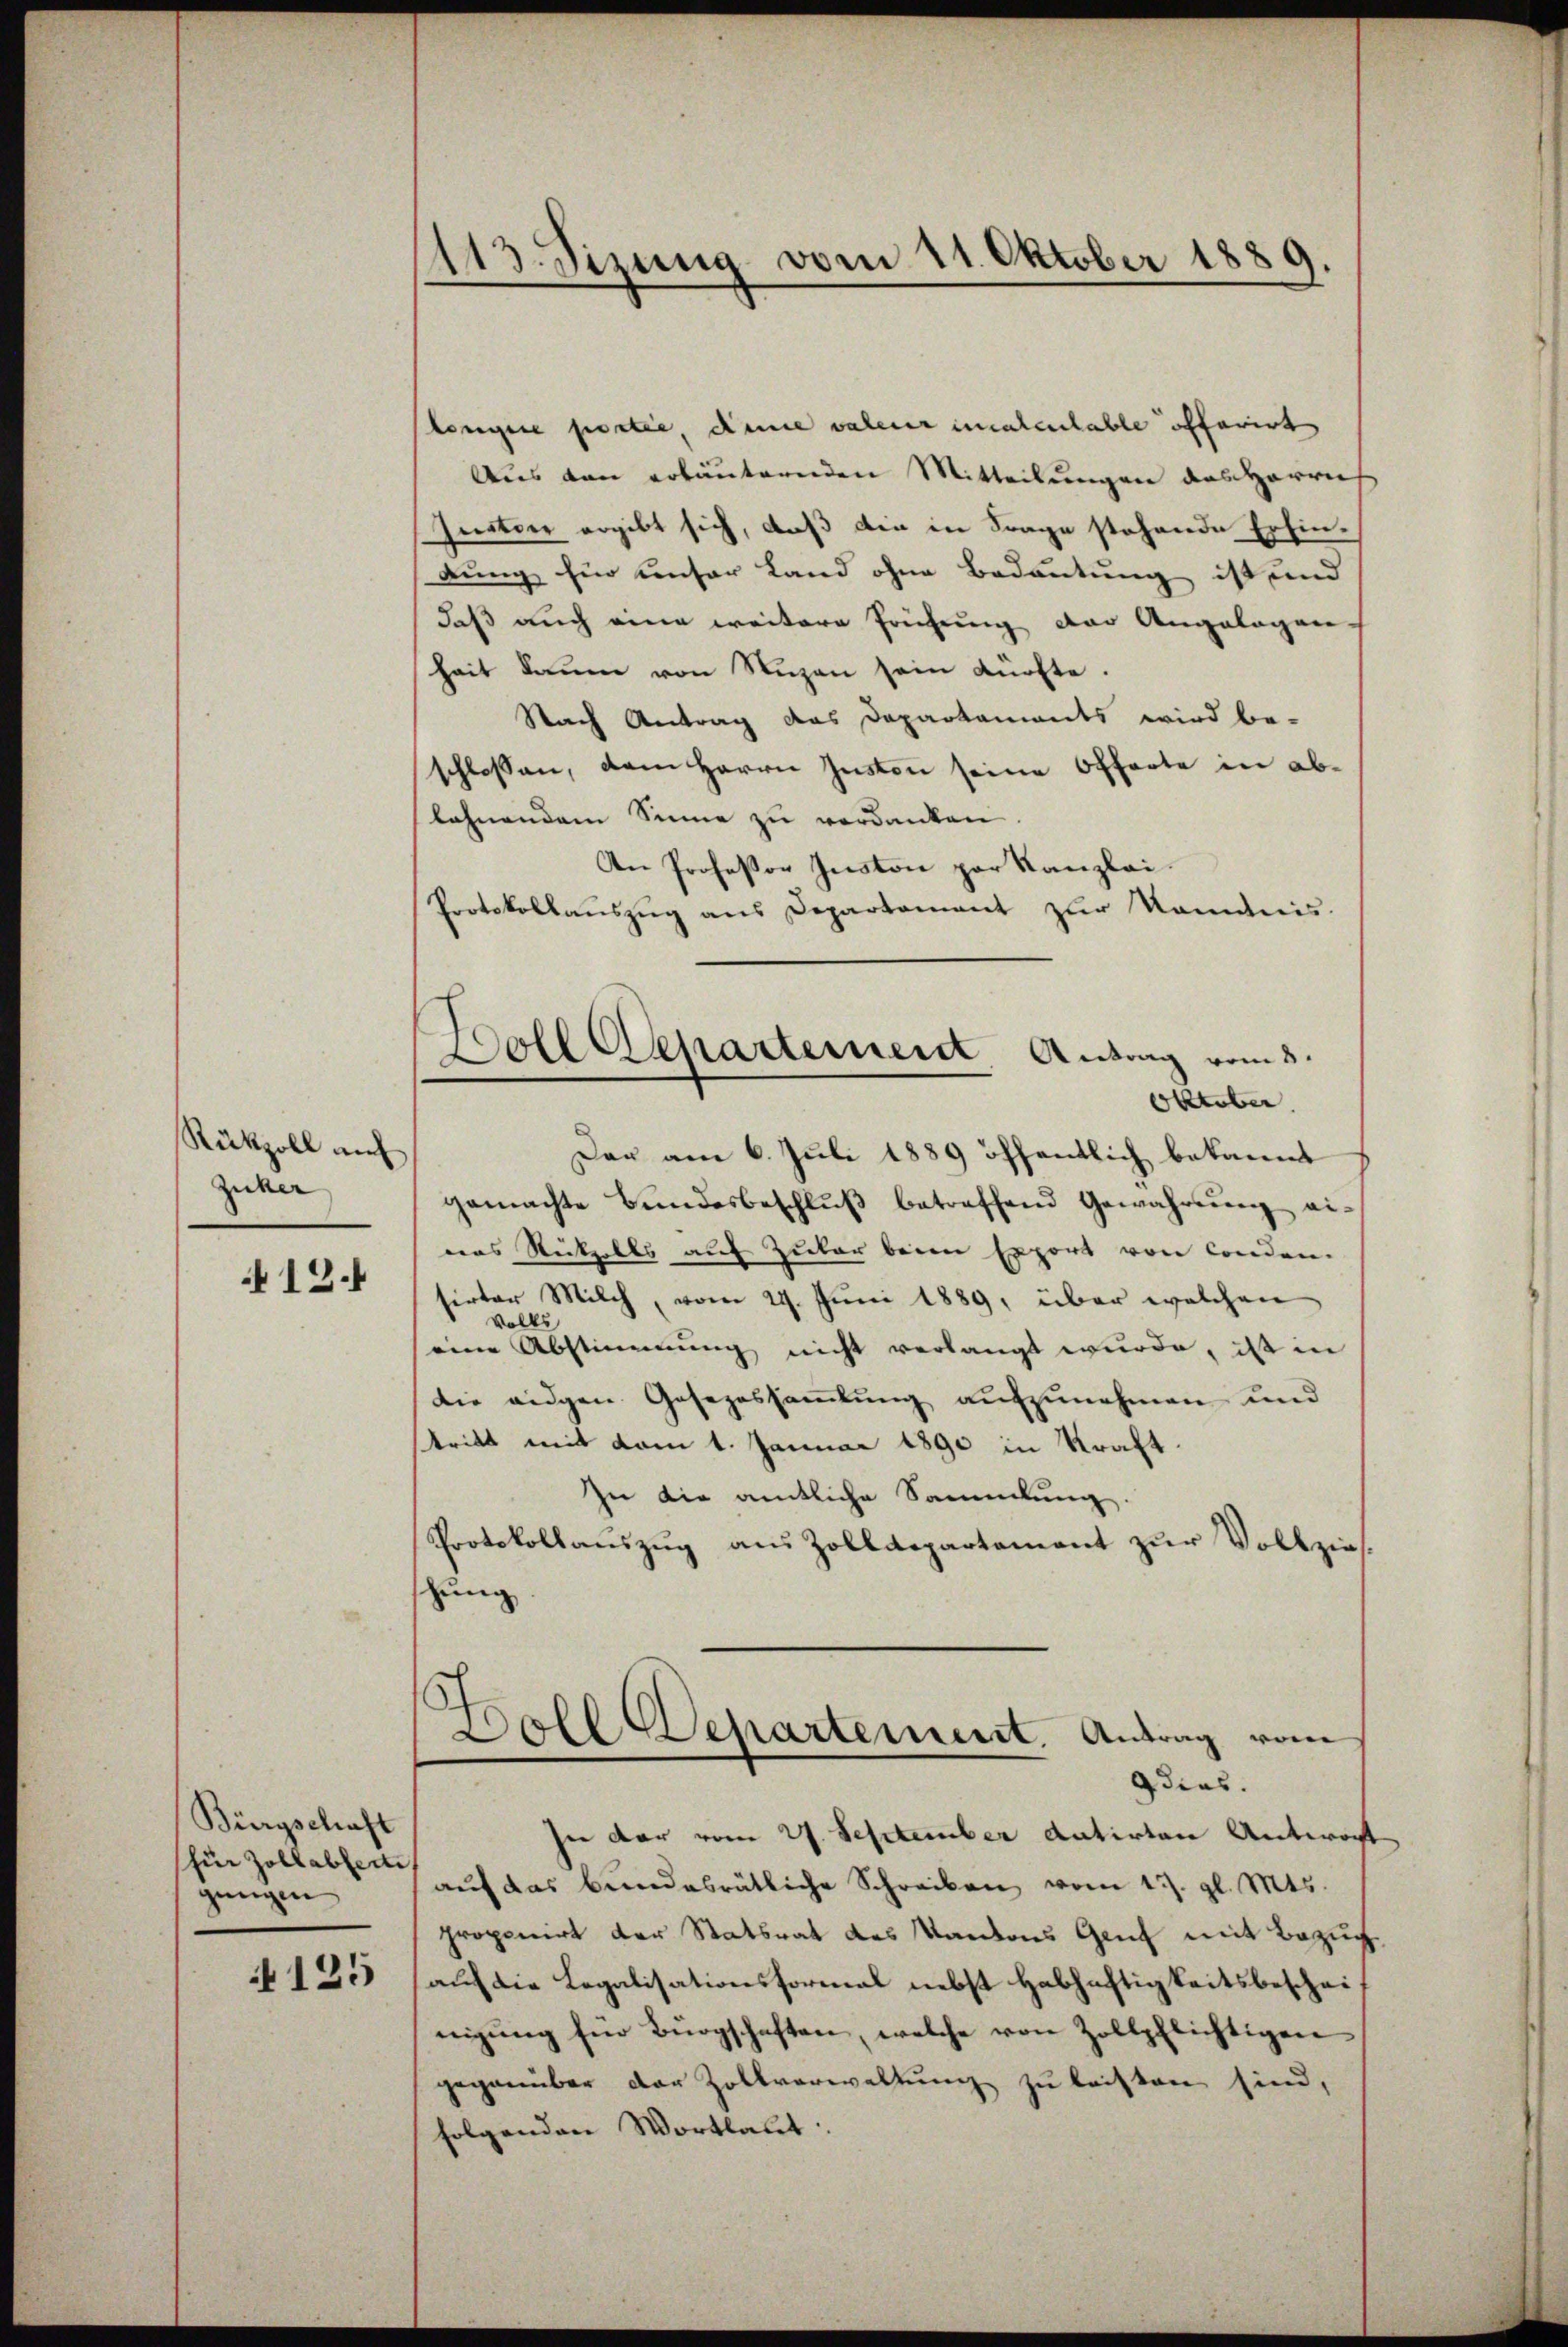
Rükzoll auf
Zucker

12.

Bürgschaft
für Zollabferti
gungen
125

113. Sizina vom 11. Oktober 1889.
.
—

Congere postie, diene valerer incalentable offerirt
Aus den erläuternden Mitteilungen des Herrn
sierter ergibt sich, daß die in Frage stehende Erfindung für unser Land ohne Bedeutung ist und
daß auch eine weitere Prüfung der Angelegen
heit kaum von Nuzen sein dürfte.
Nach Antrag das Dapartaments wird be-
schlossen, dem Herrn Instan seine Offerte in ablahnendem Sinne zu verdanken.
An Professor Juston par Kanzlei.
Protokollauszug aus Departament zur Romanis-
Der am 6. Juli 1889 öffentlich bekannt
gemachte Bŭndesbeschlŭβ betreffend Gewahrung ei-
das Nutzolls auf Zular beim Export von Conden.
sirter Milch, vom 29. Juni 1889, über welchen
volks
seine Abstimmung nicht verlangt wurde, ist in
die eidgen. Gesezessammlung aufzunehmen und
strikt mit vom 1. Januar 1890 in Kraft¬
In die amtliche Sammlung.
Protokollauszug aus Zolldepartement zur Vollzieh
thung
Doll Departement. Antrag vom
dias.
In der vom 27. September datirten Antwort
aŭf das bundesrätliche Schreiben vom 17. gl. Mts.
proponirt der Statsrat des Kantons Genf mit Bezug
auf die Legalisationsformal nebst Habhaftigkeitsbescheinigŭng für Bürgschaften, welche von Zollpflichtigen
gegenüber der Zollverwaltung zu leisten sind,
folgenden Wortlaut

Doll Departement Antrag vom 5.
Oltüber